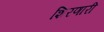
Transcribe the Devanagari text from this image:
शिरणारी